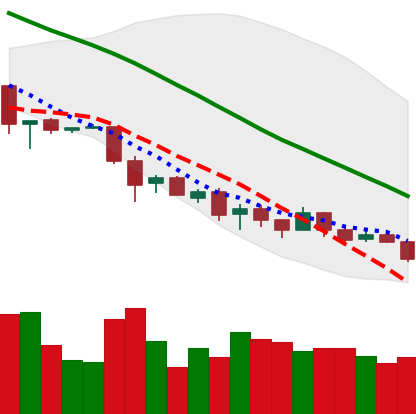
Ticker: EOS-USD
Chart end date: 2018-12-03
Forward return: -28.916%
Label: down_7plus